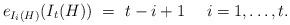
LaTeX: \begin{align*}e_{I_i(H)}(I_t(H))\ =\ t-i+1\quad\ i=1,\dots,t.\end{align*}